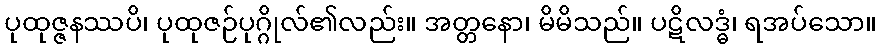
ပုထုဇ္ဇနဿပိ၊ ပုထုဇဉ်ပုဂ္ဂိုလ်၏လည်း။ အတ္တနော၊ မိမိသည်။ ပဋိလဒ္ဓံ၊ ရအပ်သော။